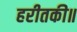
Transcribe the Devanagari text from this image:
हरीतकी॥